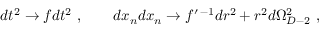
d t ^ { 2 } \to f d t ^ { 2 } \ , \ \ \ \ \ \ d x _ { n } d x _ { n } \to f ^ { \prime \, - 1 } d r ^ { 2 } + r ^ { 2 } d \Omega _ { D - 2 } ^ { 2 } \ ,